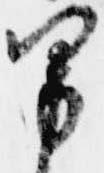
男